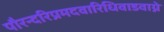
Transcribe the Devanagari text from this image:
पौरन्दरिप्रमदवारिधिवाडवाग्ने